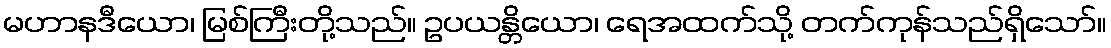
မဟာနဒီယော၊ မြစ်ကြီးတို့သည်။ ဥပယန္တိယော၊ ရေအထက်သို့ တက်ကုန်သည်ရှိသော်။